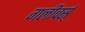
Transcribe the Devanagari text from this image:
गलीवर्स्